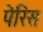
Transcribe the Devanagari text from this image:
पेरिस